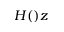
H ( ) z